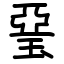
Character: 琧